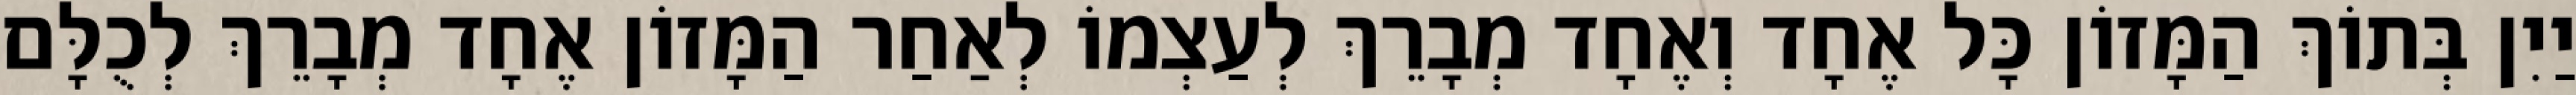
יַיִן בְּתוֹךְ הַמָּזוֹן כָּל אֶחָד וְאֶחָד מְבָרֵךְ לְעַצְמוֹ לְאַחַר הַמָּזוֹן אֶחָד מְבָרֵךְ לְכֻלָּם